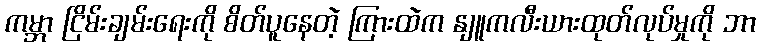
ကမ္ဘာ ငြိမ်းချမ်းရေးကို စိတ်ပူနေတဲ့ ကြားထဲက နျူကလီးယားထုတ်လုပ်မှုကို ဘာ